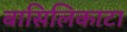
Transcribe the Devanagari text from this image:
बासिलिकाटा